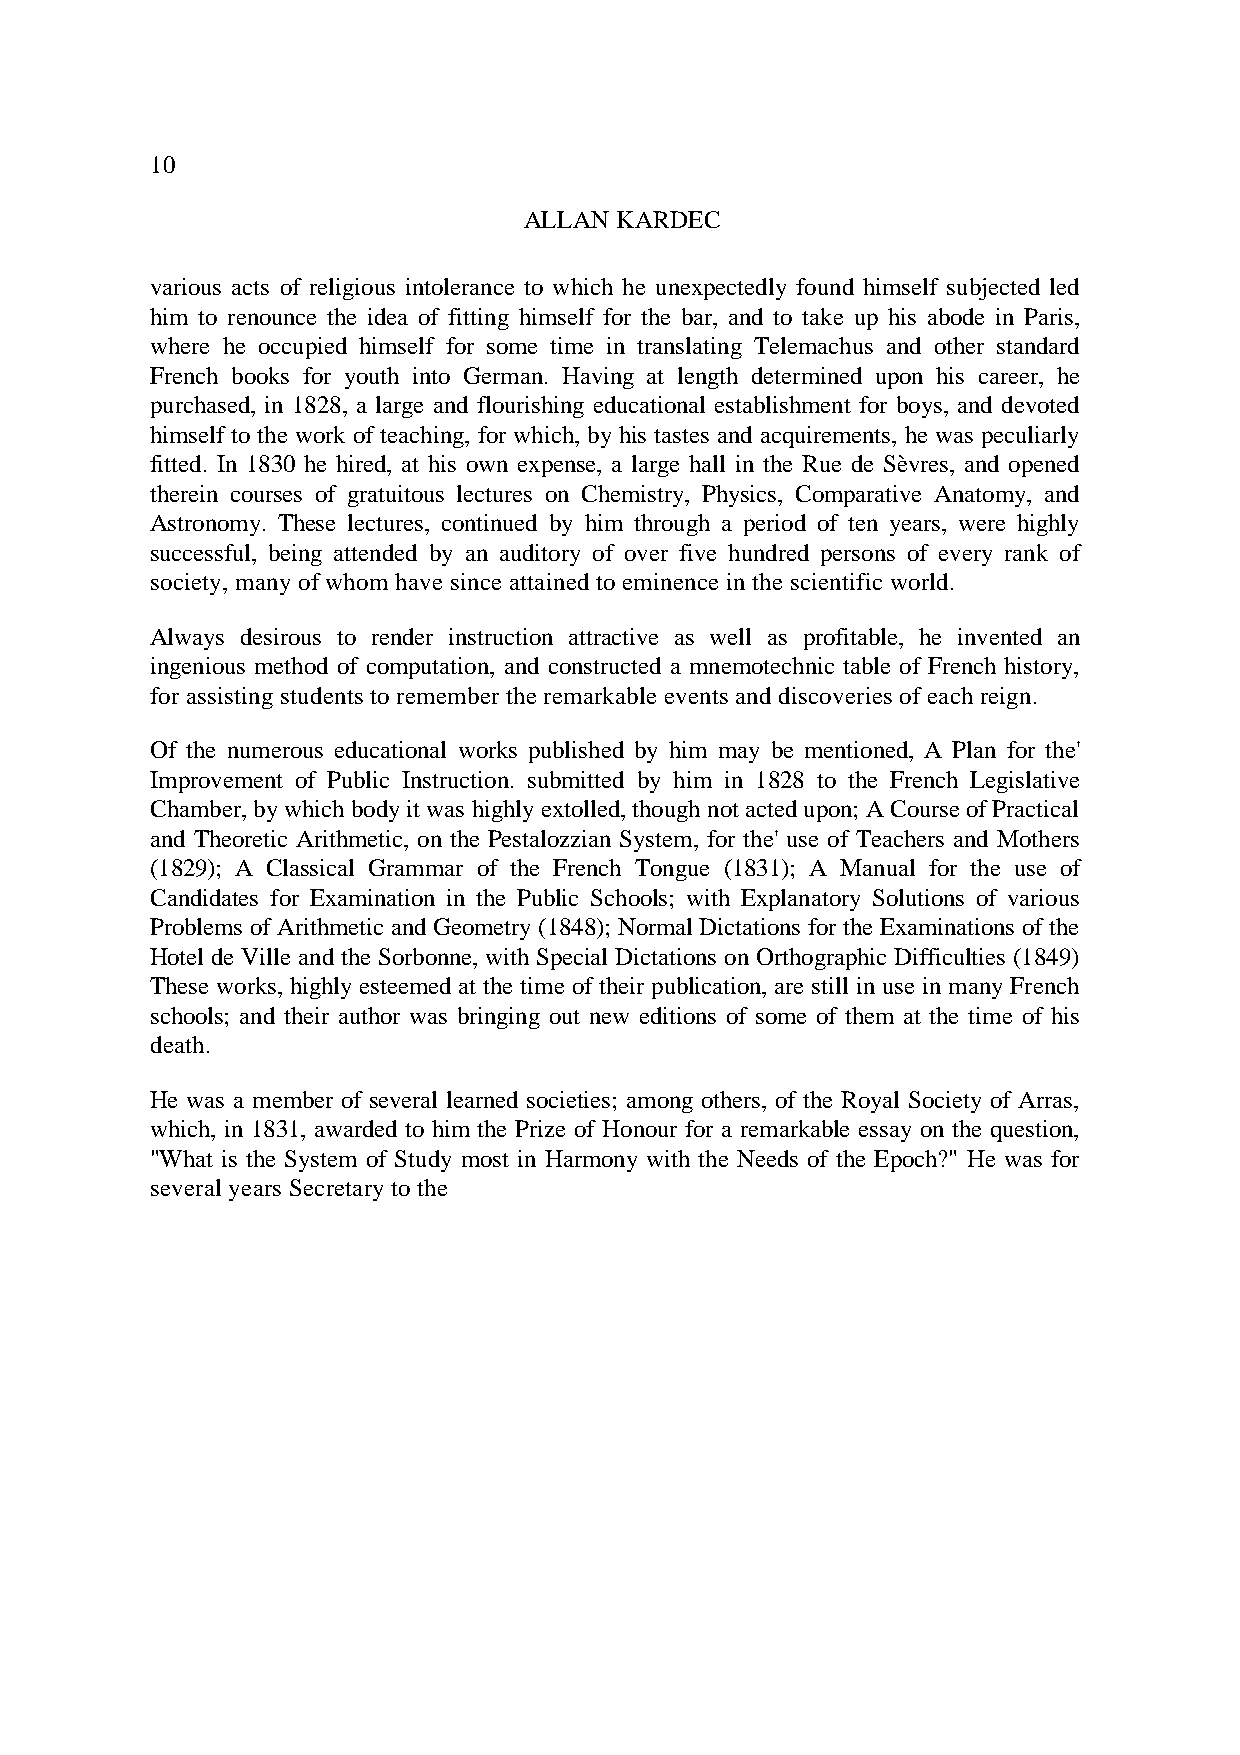
10
 ALLAN KARDEC
 various acts of religious intolerance to which he unexpectedly found himself subjected led
 him to renounce the idea of fitting himself for the bar, and to take up his abode in Paris,
 where he occupied himself for some time in translating Telemachus and other standard
 French books for youth into German. Having at length determined upon his career, he
 purchased, in 1828, a large and flourishing educational establishment for boys, and devoted
 himself to the work of teaching, for which, by his tastes and acquirements, he was peculiarly
 fitted. In 1830 he hired, at his own expense, a large hall in the Rue de Sèvres, and opened
 therein courses of gratuitous lectures on Chemistry, Physics, Comparative Anatomy, and
 Astronomy. These lectures, continued by him through a period of ten years, were highly
 successful, being attended by an auditory of over five hundred persons of every rank of
 society, many of whom have since attained to eminence in the scientific world.
 Always desirous to render instruction attractive as well as profitable, he invented an
 ingenious method of computation, and constructed a mnemotechnic table of French history,
 for assisting students to remember the remarkable events and discoveries of each reign.
 Of the numerous educational works published by him may be mentioned, A Plan for the'
 Improvement of Public Instruction. submitted by him in 1828 to the French Legislative
 Chamber, by which body it was highly extolled, though not acted upon; A Course of Practical
 and Theoretic Arithmetic, on the Pestalozzian System, for the' use of Teachers and Mothers
 (1829); A Classical Grammar of the French Tongue (1831); A Manual for the use of
 Candidates for Examination in the Public Schools; with Explanatory Solutions of various
 Problems of Arithmetic and Geometry (1848); Normal Dictations for the Examinations of the
 Hotel de Ville and the Sorbonne, with Special Dictations on Orthographic Difficulties (1849)
 These works, highly esteemed at the time of their publication, are still in use in many French
 schools; and their author was bringing out new editions of some of them at the time of his
 death.
 He was a member of several learned societies; among others, of the Royal Society of Arras,
 which, in 1831, awarded to him the Prize of Honour for a remarkable essay on the question,
 "What is the System of Study most in Harmony with the Needs of the Epoch?" He was for
 several years Secretary to the